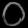
Digit: ၀